Leaving Certificate Examination, 1920
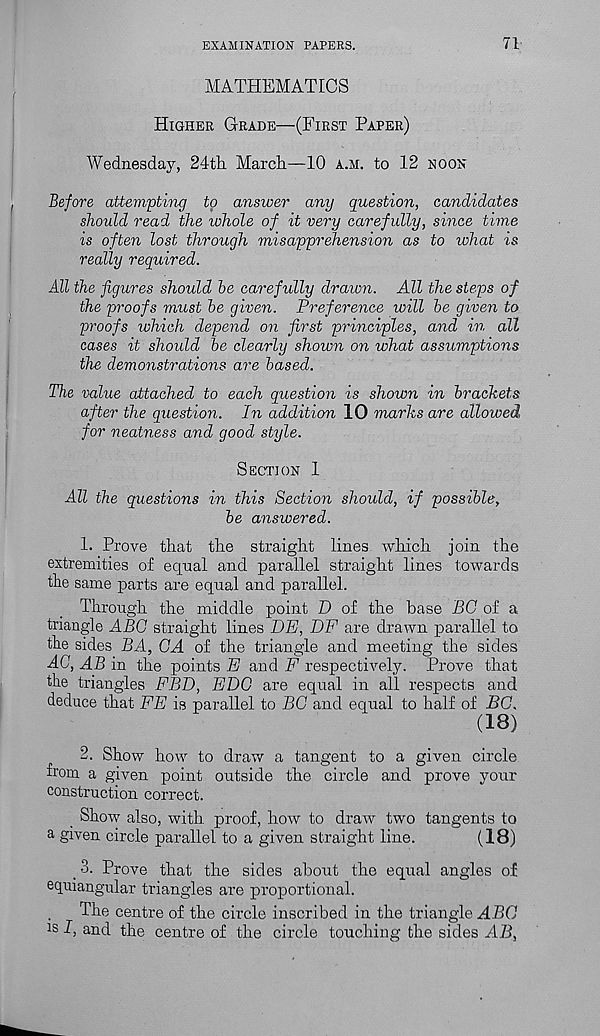
EXAMINATION PAPERS.
71
MATHEMATICS
Higher Grade—(First Paper)
Wednesday, 24th March—10 A.M. to 12 noon
Before attempting to answer any question, candidates
should read the whole of it very carefully, since time
is often lost through misapprehension as to what is
really required.
All the figures should be carefully drawn. All the steps of
the proofs must be given. Preference will be given to
proofs which depend on first principles, and in all
cases it should be clearly shown on what assumptions
the demonstrations are based.
The value attached to each question is shown in brackets
after the question. In addition 10 marks are allowed
for neatness and good style.
Section 1
All the questions in this Section should, if possible,
be answered.
1. Prove that the straight lines which join the
extremities of equal and parallel straight lines towards
the same parts are equal and parallel.
Through the middle point D of the base PC of a
triangle ABC straight lines DE, DF are drawn parallel to
the sides BA, GA of the triangle and meeting the sides
AC, AB in the points E and F respectively. Prove that
the triangles FBD, EDC are equal in all respects and
deduce that FE is parallel to BC and equal to half of JBC.
(IB)
2. Show how to draw a tangent to a given circle
from a given point outside the circle and prove your
construction correct.
_ Show also, with proof, how to draw two tangents to
a given circle parallel to a given straight line.
(IB)
_ 3. Prove that the sides about the equal angles of
equiangular triangles are proportional.
The centre of the circle inscribed in the triangle ABC
rs I, and the centre of the circle touching the sides AB,